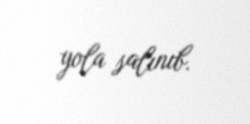
yola salınıb.